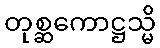
တုစ္ဆကောဋ္ဌသ္မိ